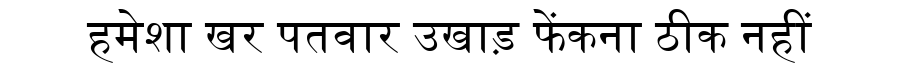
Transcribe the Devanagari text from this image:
हमेशा खर पतवार उखाड़ फेंकना ठीक नहीं